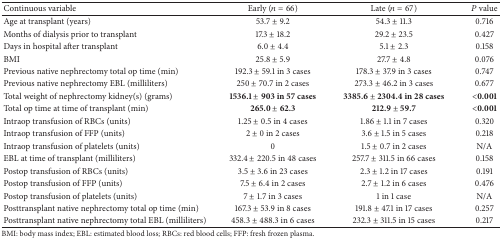
<table><thead><tr><td><b>Continuous variable</b></td><td><b>Early (<i>n</i> = 66)</b></td><td><b>Late (<i>n</i> = 67)</b></td><td><b><i>P</i> value</b></td></tr></thead><tbody><tr><td>Age at transplant (years)</td><td>53.7 ± 9.2</td><td>54.3 ± 11.3</td><td>0.716</td></tr><tr><td>Months of dialysis prior to transplant</td><td>17.3 ± 18.2</td><td>29.2 ± 23.5</td><td>0.427</td></tr><tr><td>Days in hospital after transplant</td><td>6.0 ± 4.4</td><td>5.1 ± 2.3</td><td>0.158</td></tr><tr><td>BMI</td><td>25.8 ± 5.9</td><td>27.7 ± 4.8</td><td>0.076</td></tr><tr><td>Previous native nephrectomy total op time (min)</td><td>192.3 ± 59.1 in 3 cases</td><td>178.3 ± 37.9 in 3 cases</td><td>0.747</td></tr><tr><td>Previous native nephrectomy EBL (milliliters)</td><td>250 ± 70.7 in 2 cases</td><td>273.3 ± 46.2 in 3 cases</td><td>0.677</td></tr><tr><td>Total weight of nephrectomy kidney(s) (grams)</td><td><b>1536.1 ± 903 in 57 cases</b></td><td><b>3385.6 ± 2304.4 in 28 cases</b></td><td><b>&lt;0.001</b></td></tr><tr><td>Total op time at time of transplant (min)</td><td><b>265.0 ± 62.3</b></td><td><b>212.9 ± 59.7</b></td><td><b>&lt;0.001</b></td></tr><tr><td>Intraop transfusion of RBCs (units)</td><td>1.25 ± 0.5 in 4 cases</td><td>1.86 ± 1.1 in 7 cases</td><td>0.320</td></tr><tr><td>Intraop transfusion of FFP (units) </td><td>2 ± 0 in 2 cases</td><td>3.6 ± 1.5 in 5 cases</td><td>0.218</td></tr><tr><td>Intraop transfusion of platelets (units)</td><td>0</td><td>1.5 ± 0.7 in 2 cases</td><td>N/A</td></tr><tr><td>EBL at time of transplant (milliliters)</td><td>332.4 ± 220.5 in 48 cases</td><td>257.7 ± 311.5 in 66 cases</td><td>0.158</td></tr><tr><td>Postop transfusion of RBCs (units)</td><td>3.5 ± 3.6 in 23 cases</td><td>2.3 ± 1.2 in 17 cases</td><td>0.191</td></tr><tr><td>Postop transfusion of FFP (units)</td><td>7.5 ± 6.4 in 2 cases</td><td>2.7 ± 1.2 in 6 cases</td><td>0.476</td></tr><tr><td>Postop transfusion of platelets (units)</td><td>7 ± 1.7 in 3 cases</td><td>1 in 1 case</td><td>N/A</td></tr><tr><td>Posttransplant native nephrectomy total op time (min)</td><td>167.3 ± 53.9 in 8 cases</td><td>191.8 ± 47.1 in 17 cases</td><td>0.257</td></tr><tr><td>Posttransplant native nephrectomy total EBL (milliliters)</td><td>458.3 ± 488.3 in 6 cases</td><td>232.3 ± 311.5 in 15 cases</td><td>0.217</td></tr></tbody></table>